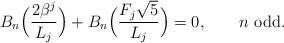
\begin{align*}B_n \Big(\frac{2\beta ^j }{L_j }\Big) + B_n \Big(\frac{F_j \sqrt 5 } {L_j }\Big) = 0,\qquad\mbox{$n$ odd}.\end{align*}